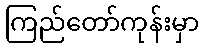
ကြည်တော်ကုန်းမှာ